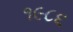
૧૯૮૬